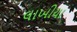
લાખીયા